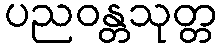
ပညဝန္တသုတ္တ